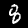
Digit: 8